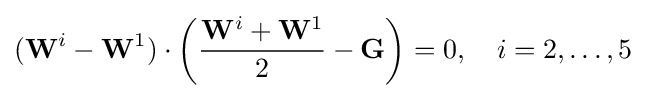
(\mathbf {W} ^{i}-\mathbf {W} ^{1})\cdot \left({\frac {\mathbf {W} ^{i}+\mathbf {W} ^{1}}{2}}-\mathbf {G} \right)=0,\quad i=2,\ldots ,5